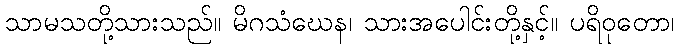
သာမသတို့သားသည်။ မိဂသံဃေန၊ သားအပေါင်းတို့နှင့်။ ပရိဝုတော၊